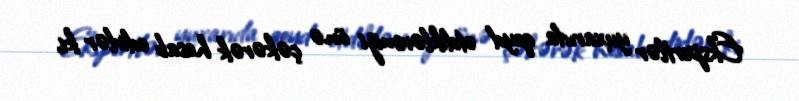
Ekspertlər yuxarıda qeyd etdiklərimizi önə çəkərək hesab edirlər ki,